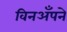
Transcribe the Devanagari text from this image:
विनअँपने